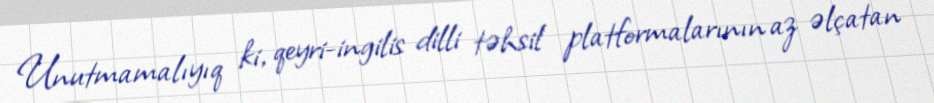
Unutmamalıyıq ki, qeyri-ingilis dilli təhsil platformalarının az əlçatan